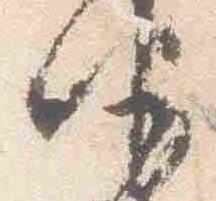
他